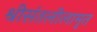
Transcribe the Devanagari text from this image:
श्रीसंतलीलामृत